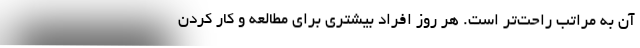
آن به مراتب راحت‌تر است. هر روز افراد بیشتری برای مطالعه و کار کردن